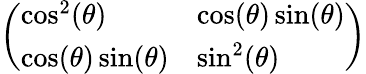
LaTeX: \left(\begin{array}{ll}{\cos^{2}(\theta)}&{\cos(\theta)\sin(\theta)}\\ {\cos(\theta)\sin(\theta)}&{\sin^{2}(\theta)}\end{array}\right)